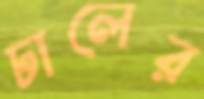
ঢালের